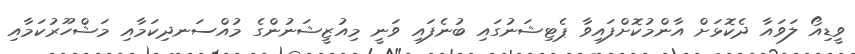
ވީޑިއޯ ލަވައާ ދެކޮޅަށް އާންމުކޮށްފައިވާ ޕެޓިޝަނުގައި ބުނެފައި ވަނީ މިއުޒީޝަނުންގެ މުއްސަނދިކަމާއި މަޝްހޫރުކަމާއި